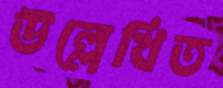
উল্লেখিত